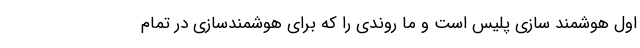
اول هوشمند سازی پلیس است و ما روندی را که برای هوشمندسازی در تمام